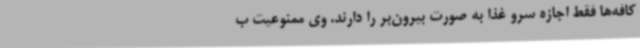
کافه‌ها فقط اجازه سرو غذا به صورت بیرون‌بر را دارند. وی ممنوعیت ب